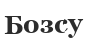
Бозсу